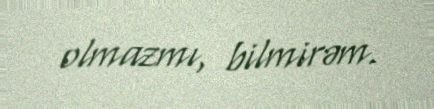
olmazmı, bilmirəm.